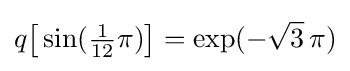
q{\bigl [}\sin({\tfrac {1}{12}}\pi ){\bigr ]}=\exp(-{\sqrt {3}}\,\pi )